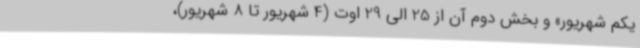
یکم شهریور» و بخش دوم آن از 25 الی 29 اوت (4 شهریور تا 8 شهریور)،